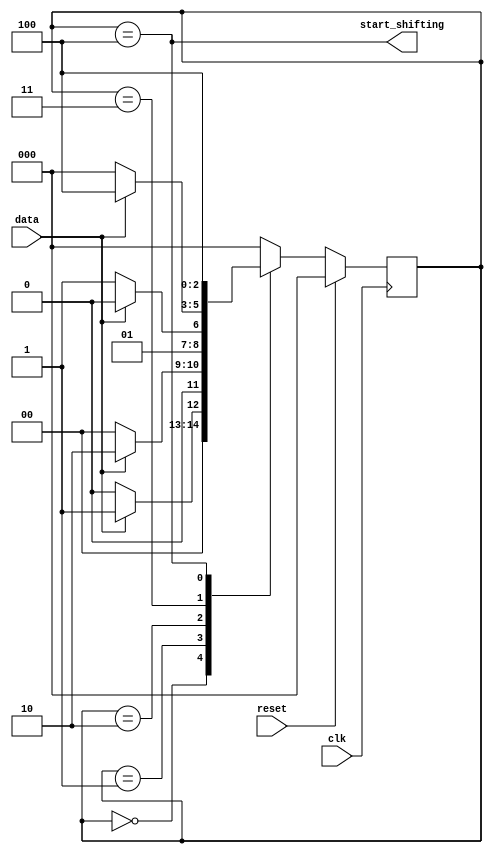
module top_module (
    input clk,
    input reset,      // Synchronous reset
    input data,
    output start_shifting);
    
    parameter S0=3'd0,S1=3'd1,S2=3'd2;
    parameter S3=3'd3,S4=3'd4;
    
    reg [2:0]  state,next_state;
    
    always @(posedge clk) begin
        if(reset)  state<=S0;
        else	   state<=next_state;
    end
        
        always @(*) begin
            case(state)
                S0:	
                    next_state=data?S1:S0;
                S1:
                    next_state=data?S2:S0; //1
                S2:
                    next_state=data?S2:S3; //11
                S3:
                    next_state=data?S4:S0; //110
                S4:
                    next_state=S4;         //1101
                default:
                    next_state=S0;
            endcase
        end

        assign start_shifting=(state==S4);

endmodule